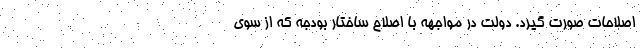
اصلاحات صورت گیرد. دولت در مواجهه با اصلاح ساختار بودجه که از سوی